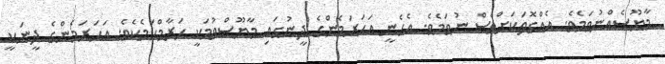
މާޔޫސެއްނުވަމެވެ. އެއްގޮތަކަށްވެސް ނުވަމެވެ. އެހެނީ އަހަރަމެންގެ ދީނުގައި މާޔޫސްވުމަކީ ޙަރާމްކަމެކެވެ. އަހަރަމެންގެ ދީނަކީ